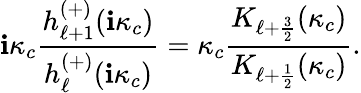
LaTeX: \mathbf{i}\kappa_{c}\frac{{h_{\ell+1}^{(+)}(\mathbf{i}\kappa_{c})}}{{h_{\ell}^{(+)}(\mathbf{i}\kappa_{c})}}=\kappa_{c}\frac{{K_{\ell+\frac{{3}}{{2}}}(\kappa_{c})}}{{K_{\ell+\frac{{1}}{{2}}}(\kappa_{c})}}.